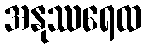
အနုဿရေထ